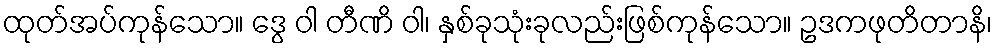
ထုတ်အပ်ကုန်သော။ ဒွေ ဝါ တီဏိ ဝါ၊ နှစ်ခုသုံးခုလည်းဖြစ်ကုန်သော။ ဥဒကဖုတိတာနိ၊